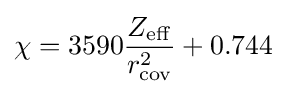
\chi =3590{{Z_{\rm {eff}}} \over {r_{\rm {cov}}^{2}}}+0.744